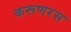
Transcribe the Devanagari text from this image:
करूणरस